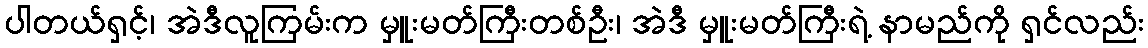
ပါတယ်ရှင့်၊ အဲဒီလူကြမ်းက မှူးမတ်ကြီးတစ်ဦး၊ အဲဒီ မှူးမတ်ကြီးရဲ့ နာမည်ကို ရှင်လည်း